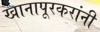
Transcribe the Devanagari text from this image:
खानापूरकरांनी